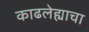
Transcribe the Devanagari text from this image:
काढलेह्याचा